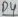
Text: D3